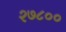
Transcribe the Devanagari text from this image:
२७८००